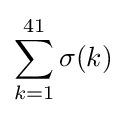
\sum _{k=1}^{41}\sigma (k)